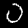
Label: 0